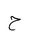
Letter: _ha